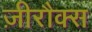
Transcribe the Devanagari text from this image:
ज़ीरौक्स